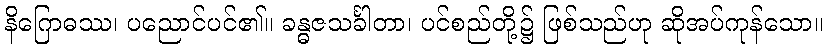
နိဂြောဓဿ၊ ပညောင်ပင်၏။ ခန္ဓဇသင်္ခါတာ၊ ပင်စည်တို့၌ ဖြစ်သည်ဟု ဆိုအပ်ကုန်သော။